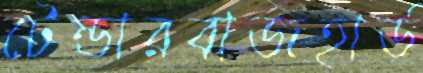
টেন্ডারবাজহার্ড